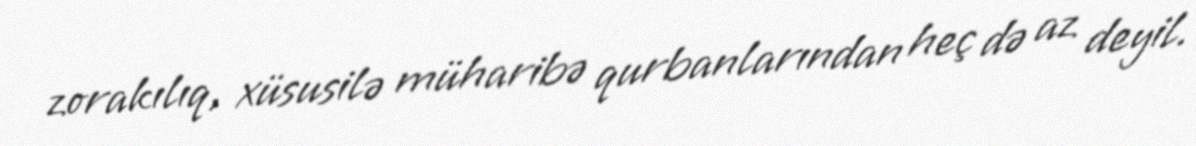
zorakılıq, xüsusilə müharibə qurbanlarından heç də az deyil.